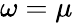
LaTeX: \omega=\mu